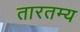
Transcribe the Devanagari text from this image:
तारतम्‍य